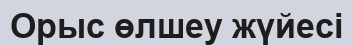
Орыс өлшеу жүйесі